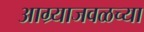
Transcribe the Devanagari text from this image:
आग्र्याजवळच्या